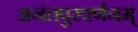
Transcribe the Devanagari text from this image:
अनंतपुरवर्णनम्